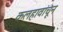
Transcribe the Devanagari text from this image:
कलहावांचून